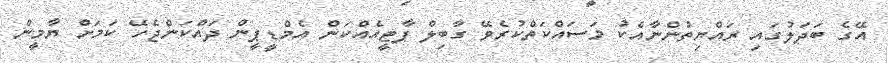
އޭގެ ބަދަލުގައި ރައްޔިތުންނާއެކު މަސައްކަތްކުރެވޭ ގާބިލް ޕާޓީއެއްކަން އެމްޑީޕީން ދައްކަންޖެހޭ ކަމަށް ޔާމީން